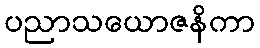
ပညာသယောဇနိကာ